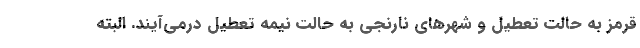
قرمز به حالت تعطیل و شهرهای نارنجی به حالت نیمه تعطیل درمی‌آیند. البته